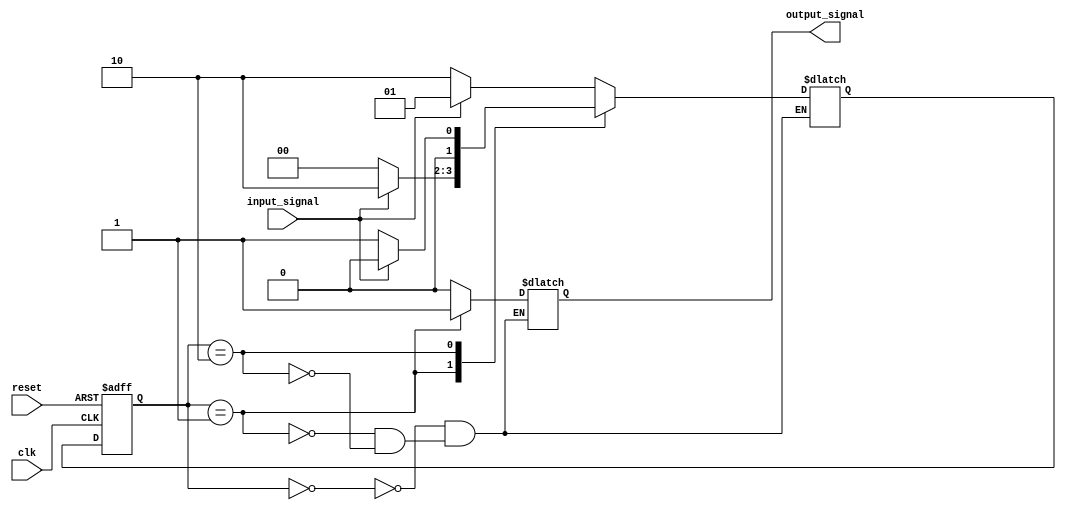
module moore_state_machine (
    input wire clk,
    input wire reset,
    input wire input_signal,
    output reg output_signal
);

// Define states
parameter STATE_A = 2'b00;
parameter STATE_B = 2'b01;
parameter STATE_C = 2'b10;

// Define state register
reg [1:0] state_reg, next_state;

// State transition logic
always @(posedge clk or posedge reset) begin
    if (reset) begin
        state_reg <= STATE_A;
    end else begin
        state_reg <= next_state;
    end
end

// Output logic based on state
always @* begin
    case (state_reg)
        STATE_A: begin
            output_signal = 1'b0; // Output for state A
            next_state = input_signal ? STATE_B : STATE_C; // Transition to next state based on input
        end
        STATE_B: begin
            output_signal = 1'b1; // Output for state B
            next_state = input_signal ? STATE_C : STATE_A; // Transition to next state based on input
        end
        STATE_C: begin
            output_signal = 1'b0; // Output for state C
            next_state = input_signal ? STATE_A : STATE_B; // Transition to next state based on input
        end
    endcase
end

endmodule